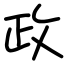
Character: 政